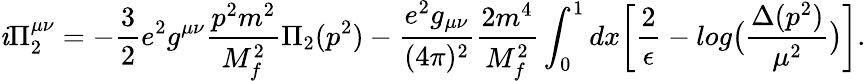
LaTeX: \mathit{i}\Pi_{2}^{\mu\nu}=-\frac{{3}}{{2}}e^{2}g^{\mu\nu}\frac{{p^{2}m^{2}}}{{M_{f}^{2}}}\Pi_{2}(p^{2})-\frac{{e^{2}g_{\mu\nu}}}{{(4\pi)^{2}}}\frac{{2m^{4}}}{{M_{f}^{2}}}\int_{0}^{1}dx\biggl[\frac{{2}}{{\epsilon}}-log\bigl(\frac{{\Delta(p^{2})}}{{\mu^{2}}}\bigr)\biggr].